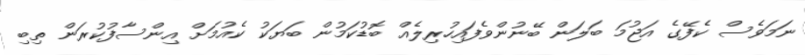
ނަމަވެސް ކެފޭގެ އަޖުމަ ބަލަން ބޭނުންވެފައިހުރިލެއް ބޮޑުކަމުން ބަޔަކު ކެއުމަށް އިންސާފުކުރަން ތިބި